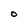
Character: O